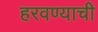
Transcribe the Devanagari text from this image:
हरवण्याची